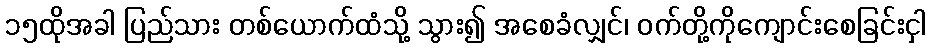
၁၅ထိုအခါ ပြည်သား တစ်ယောက်ထံသို့ သွား၍ အစေခံလျှင်၊ ဝက်တို့ကိုကျောင်းစေခြင်းငှါ